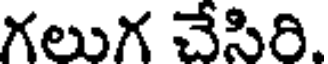
గలుగ చేసిరి.